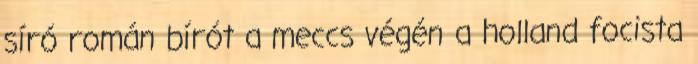
síró román bírót a meccs végén a holland focista